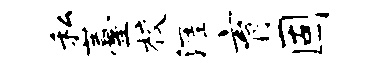
私薹校涯育固